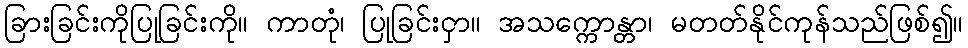
ခြားခြင်းကိုပြုခြင်းကို။ ကာတုံ၊ ပြုခြင်းငှာ။ အသက္ကောန္တာ၊ မတတ်နိုင်ကုန်သည်ဖြစ်၍။